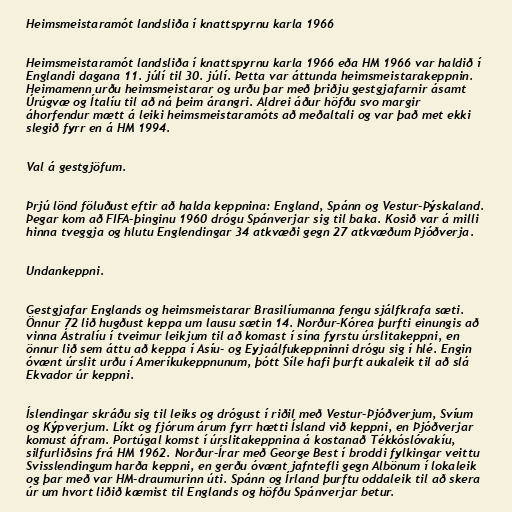
Heimsmeistaramót landsliða í knattspyrnu karla 1966

Heimsmeistaramót landsliða í knattspyrnu karla 1966 eða HM 1966 var haldið í
Englandi dagana 11. júlí til 30. júlí. Þetta var áttunda heimsmeistarakeppnin.
Heimamenn urðu heimsmeistarar og urðu þar með þriðju gestgjafarnir ásamt
Úrúgvæ og Ítalíu til að ná þeim árangri. Aldrei áður höfðu svo margir
áhorfendur mætt á leiki heimsmeistaramóts að meðaltali og var það met ekki
slegið fyrr en á HM 1994.

Val á gestgjöfum.

Þrjú lönd föluðust eftir að halda keppnina: England, Spánn og Vestur-Þýskaland.
Þegar kom að FIFA-þinginu 1960 drógu Spánverjar sig til baka. Kosið var á milli
hinna tveggja og hlutu Englendingar 34 atkvæði gegn 27 atkvæðum Þjóðverja.

Undankeppni.

Gestgjafar Englands og heimsmeistarar Brasilíumanna fengu sjálfkrafa sæti.
Önnur 72 lið hugðust keppa um lausu sætin 14. Norður-Kórea þurfti einungis að
vinna Ástralíu í tveimur leikjum til að komast í sína fyrstu úrslitakeppni, en
önnur lið sem áttu að keppa í Asíu- og Eyjaálfukeppninni drógu sig í hlé. Engin
óvænt úrslit urðu í Ameríkukeppnunum, þótt Síle hafi þurft aukaleik til að slá
Ekvador úr keppni.

Íslendingar skráðu sig til leiks og drógust í riðil með Vestur-Þjóðverjum, Svíum
og Kýpverjum. Líkt og fjórum árum fyrr hætti Ísland við keppni, en Þjóðverjar
komust áfram. Portúgal komst í úrslitakeppnina á kostanað Tékkóslóvakíu,
silfurliðsins frá HM 1962. Norður-Írar með George Best í broddi fylkingar veittu
Svisslendingum harða keppni, en gerðu óvænt jafntefli gegn Albönum í lokaleik
og þar með var HM-draumurinn úti. Spánn og Írland þurftu oddaleik til að skera
úr um hvort liðið kæmist til Englands og höfðu Spánverjar betur.